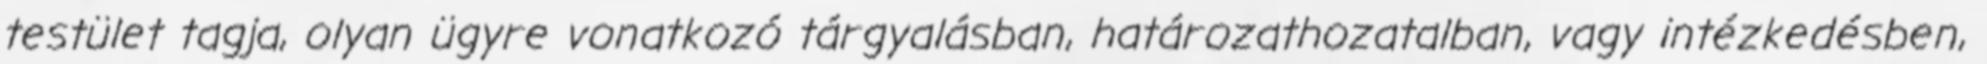
testület tagja, olyan ügyre vonatkozó tárgyalásban, határozathozatalban, vagy intézkedésben,